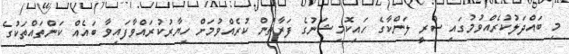
މި ބައްދަލުކުރެއްވުމުގައި ސްރީ ލަންކާގެ ހައިކޮމިޝަނުގެ ފަރާތުން ކުރެއްވުމަށް ހިޔާރުކުރައްވާފައިވާ ބައެއް ކަންތައްތަކުގެ